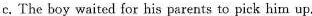
c.The boy waited for his parents to pick him up.